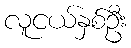
လူငယ်နှစ်ဦး